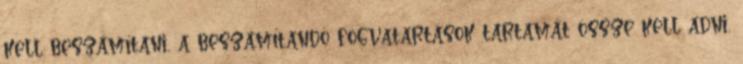
kell beszámítani, a beszámítandó fogvatartások tartamát össze kell adni,